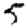
Digit: 5